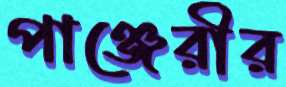
পাঞ্জেরীর